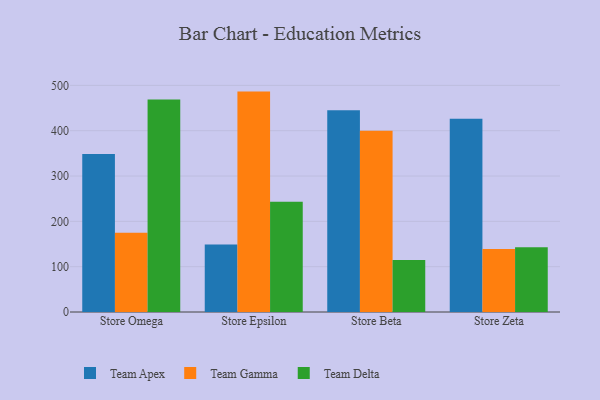
{"axis": {"x": "Store", "y": "Customer Acquisition Cost (USD)"}, "legend": ["Team Apex", "Team Delta", "Team Gamma"], "data": [{"x": "Store Omega", "y": 348.7, "type": "Team Apex"}, {"x": "Store Omega", "y": 174.6, "type": "Team Gamma"}, {"x": "Store Omega", "y": 468.7, "type": "Team Delta"}, {"x": "Store Epsilon", "y": 149.0, "type": "Team Apex"}, {"x": "Store Epsilon", "y": 486.3, "type": "Team Gamma"}, {"x": "Store Epsilon", "y": 243.1, "type": "Team Delta"}, {"x": "Store Beta", "y": 445.3, "type": "Team Apex"}, {"x": "Store Beta", "y": 399.8, "type": "Team Gamma"}, {"x": "Store Beta", "y": 114.8, "type": "Team Delta"}, {"x": "Store Zeta", "y": 426.2, "type": "Team Apex"}, {"x": "Store Zeta", "y": 139.1, "type": "Team Gamma"}, {"x": "Store Zeta", "y": 142.6, "type": "Team Delta"}]}